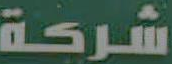
شركة